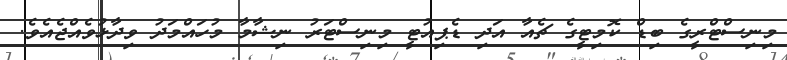
މިނިސްޓްރީގެ ބިޑް ކޮމިޓީގެ ޗެއާ އަދި ޑެޕިއުޓީ މިނިސްޓަރު ނިޝާމާ މުހައްމަދު ވިދާޅުވެއްޖެއެވެ.